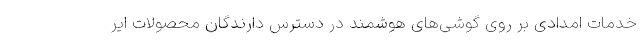
خدمات امدادی بر روی گوشی‌های هوشمند در دسترس دارندگان محصولات ایر